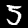
Digit: 5